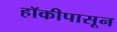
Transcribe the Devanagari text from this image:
हॉकीपासून